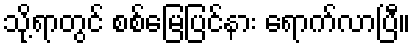
သို့ရာတွင် စစ်မြေပြင်နား ရောက်လာပြီ။